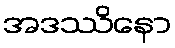
အဒဿိနော